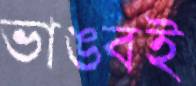
ভাঙবই